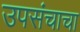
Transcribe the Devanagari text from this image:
उपसंचाचा